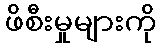
ဖိစီးမှုများကို